Report on vaccination in the Province of Bengal - 1869-1873
Year: 1869
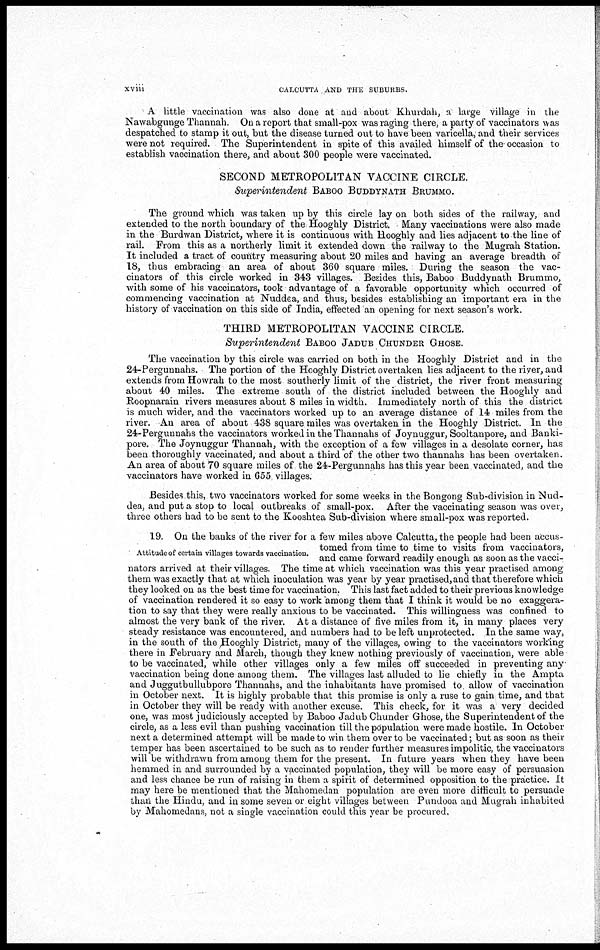
xviii
CALCUTTA AND THE SUBURBS.
A little vaccination was also done at and about Khurdah, a large village in the
Nawabgunge Thannah. On a report that small-pox was raging there, a party of vaccinators was
despatched to stamp it out, but the disease turned out to have been varicella, and their services
were not required. The Superintendent in spite of this availed himself of the occasion to
establish vaccination there, and about 300 people were vaccinated.
SECOND METROPOLITAN VACCINE CIRCLE.
Superintendent BABOO BUDDYNATH BRUMMO.
The ground which was taken up by this circle lay on both sides of the railway, and
extended to the north boundary of the Hooghly District. Many vaccinations were also made
in the Burdwan District, where it is continuous with Hooghly and lies adjacent to the line of
rail. From this as a northerly limit it extended down the railway to the Mugrah Station.
It included a tract of country measuring about 20 miles and having an average breadth of
18, thus embracing an area of about 360 square miles. During the season the vac-
cinators of this circle worked in 343 villages. Besides this, Baboo Buddynath Brummo,
with some of his vaccinators, took advantage of a favorable opportunity which occurred of
commencing vaccination at Nuddea, and thus, besides establishing an important era in the
history of vaccination on this side of India, effected an opening for next season's work.
THIRD METROPOLITAN VACCINE CIRCLE.
Superintendent
BABOO JADUB CHUNDER GHOSE.
The vaccination by this circle was carried on both in the Hooghly District and in the
24-Pergunnahs. The portion of the Hooghly District overtaken lies adjacent to the river, and
extends from Howrah to the most southerly limit of the district, the river front measuring
about 40 miles. The extreme south of the district included between the Hooghly and
Roopnarain rivers measures about 8 miles in width. Immediately north of this the district
is much wider, and the vaccinators worked up to an average distance of 14 miles from the
river. An area of about 438 square miles was overtaken in the Hooghly District. In the
24-Pergunnahs the vaccinators worked in the Thannahs of Joynuggur, Sooltanpore, and Banki-
pore. The Joynuggur Thannah, with the exception of a few villages in a desolate corner, has
been thoroughly vaccinated, and about a third of the other two thannahs has been overtaken.
An area of about 70 square miles of the 24-Pergunnahs has this year been vaccinated, and the
vaccinators have worked in 655 villages.
Besides this, two vaccinators worked for some weeks in the Bongong Sub-division in Nud-
dea, and put a stop to local outbreaks of small-pox. After the vaccinating season was over,
three others had to be sent to the Kooshtea Sub-division where small-pox was reported.
Attitude of certain villages towards vaccination.
19. On the banks of the river for a few miles above Calcutta, the people had been accus-
tomed from time to time to visits from vaccinators,
and came forward readily enough as soon as the vacci-
nators arrived at their villages. The time at which vaccination was this year practised among
them was exactly that at which inoculation was year by year practised, and that therefore which
they looked on as the best time for vaccination. This last fact added to their previous knowledge
of vaccination rendered it so easy to work among them that I think it would be no exaggera-
tion to say that they were really anxious to be vaccinated. This willingness was confined to
almost the very bank of the river. At a distance of five miles from it, in many places very
steady resistance was encountered, and numbers had to be left unprotected. In the same way,
in the south of the Hooghly District, many of the villages, owing to the vaccinators working
there in February and March, though they knew nothing previously of vaccination, were able
to be vaccinated, while other villages only a few miles off succeeded in preventing any
vaccination being done among them. The villages last alluded to lie chiefly in the Ampta
and Juggutbullubpore Thannahs, and the inhabitants have promised to allow of vaccination
in October next. It is highly probable that this promise is only a ruse to gain time, and that
in October they will be ready with another excuse. This check, for it was a very decided
one, was most judiciously accepted by Baboo Jadub Chunder Ghose, the Superintendent of the
circle, as a less evil than pushing vaccination till the population were made hostile. In October
next a determined attempt will be made to win them over to be vaccinated; but as soon as their
temper has been ascertained to be such as to render further measures impolitic, the vaccinators
will be withdrawn from among them for the present. In future years when they have been
hemmed in and surrounded by a vaccinated population, they will be more easy of persuasion
and less chance be run of raising in them a spirit of determined opposition to the practice. It
may here be mentioned that the Mahomedan population are even more difficult to persuade
than the Hindu, and in some seven or eight villages between Pundooa and Mugrah inhabited
by Mahomedans, not a single vaccination could this year be procured.